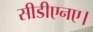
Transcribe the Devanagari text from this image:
सीडीएनए।